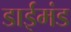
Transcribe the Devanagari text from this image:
डाईमंड